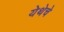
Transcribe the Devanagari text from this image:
येथेचे